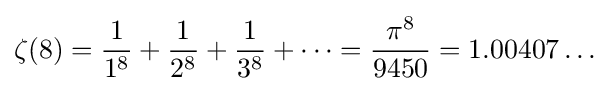
\zeta (8)={\frac {1}{1^{8}}}+{\frac {1}{2^{8}}}+{\frac {1}{3^{8}}}+\cdots ={\frac {\pi ^{8}}{9450}}=1.00407\dots